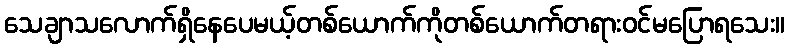
သေချာသလောက်ရှိနေပေမယ့်တစ်ယောက်ကိုတစ်ယောက်တရားဝင်မပြောရသေး။